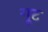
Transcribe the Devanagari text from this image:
गूट